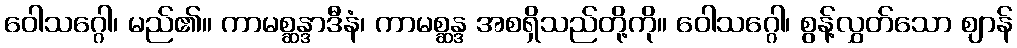
ဝေါသဂ္ဂေါ၊ မည်၏။ ကာမစ္ဆန္ဒာဒီနံ၊ ကာမစ္ဆန္ဒ အစရှိသည်တို့ကို။ ဝေါသဂ္ဂေါ၊ စွန့်လွှတ်သော ဈာန်